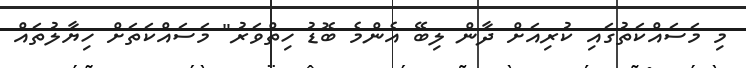
މި މަސައްކަތުގައި ކުރިއަށް ދާން ލިބޭ އެންމެ ބޮޑު ހިތްވަރު" މަސައްކަތަށް ހިޔާލުތައް